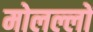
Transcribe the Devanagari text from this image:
मोलल्लों